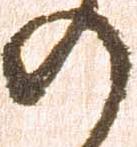
の